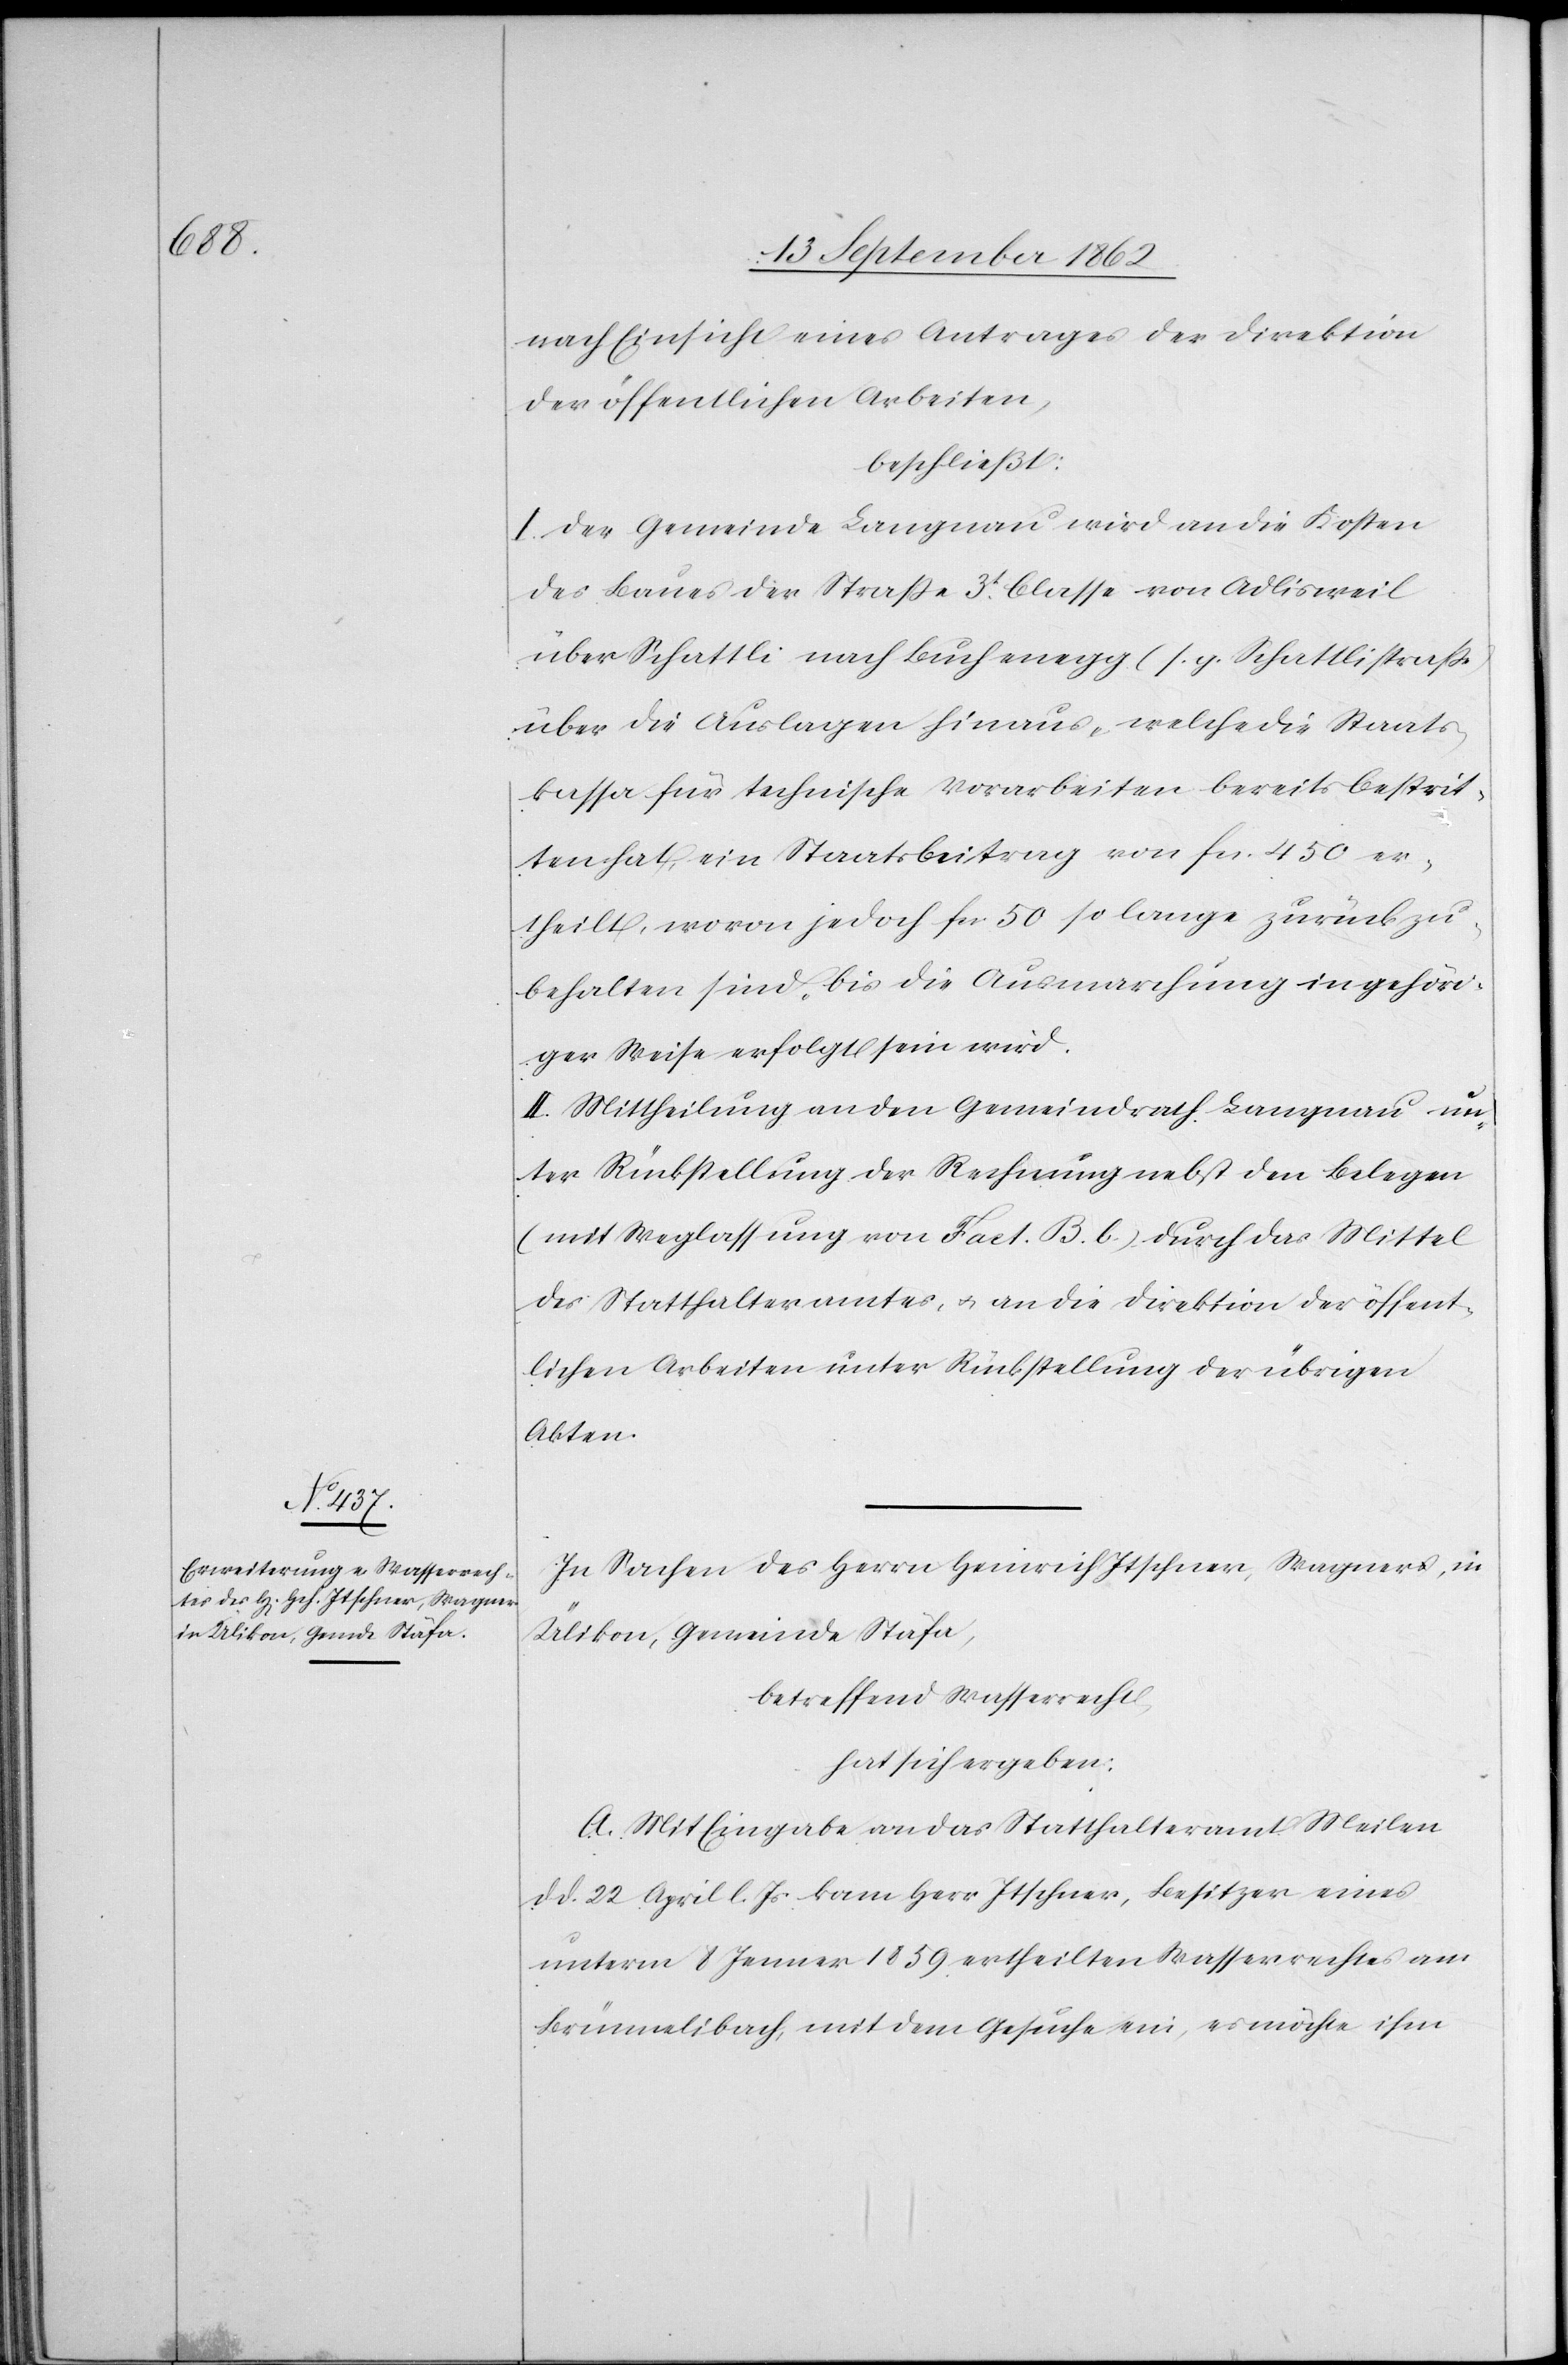
nach Einsicht eines Antrages der Direktion
der öffentlichen Arbeiten,
beschließt:
I. Der Gemeinde Langnau wird an die Kosten
des Baues der Straße 3t Classe von Adlisweil
über Schattli nach Buchenegg (s. g. Schattlistraße)
über die Auslagen hinaus, welche die Staats¬
kassa für technische Vorarbeiten bereits bestrit¬
ten hat, ein Staatsbeitrag von fcs. 450 er¬
theilt, wovon jedoch fcs. 50 so lange zurückzu¬
behalten sind, bis die Ausmarchung in gehöri¬
ger Weise erfolgt sein wird.
II. Mittheilung an den Gemeindrath Langnau un¬
ter Rückstellung der Rechnung nebst den Belegen
(mit Weglassung von Fact. B. b) durch das Mittel
des Statthalteramtes, u. an die Direktion der öffent¬
lichen Arbeiten unter Rückstellung der übrigen
Akten.
In Sachen des Herrn Heinrich Itschner, Wagners, in
Ülikon, Gemeine Stäfa,
betreffend Wasserrecht,
hat sich ergeben:
A. Mit Eingabe an das Statthalteramt Meilen
d. d. 22. April l. Js. kam Herr Itschner, Besitzer eines
unterm 8. Jenner 1859 ertheilten Wasserrechtes am
Brünnelibach, mit dem Gesuche ein, es möchte ihm